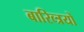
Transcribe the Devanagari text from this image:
बारिव्त्रयों